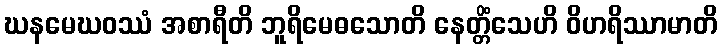
ဃနမေဃဝဿံ အစာရီတိ ဘူရိမေဓသောတိ နေတ္တိံသေဟိ ဝိဟရိဿာမာတိ